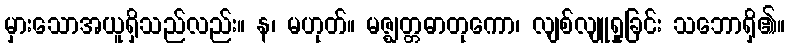
မှားသောအယူရှိသည်လည်း။ န၊ မဟုတ်။ မဇ္ဈတ္တဓာတုကော၊ လျစ်လျူရှုခြင်း သဘောရှိ၏။